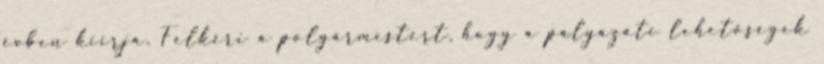
évben kiírja. Felkéri a polgármestert, hogy a pályázati lehetőségek